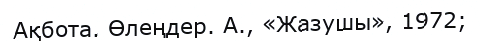
Ақбота. Өлеңдер. А., «Жазушы», 1972;